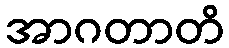
အာဂတာတိ